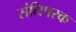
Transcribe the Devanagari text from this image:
संधिपरक